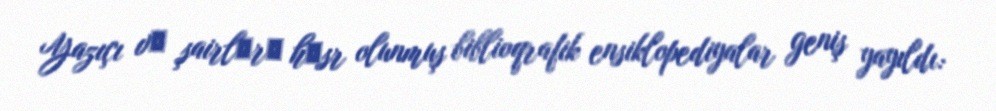
Yazıçı vә şairlәrә hәsr olunmuş biblioqrafik ensiklopediyalar geniş yayıldı: